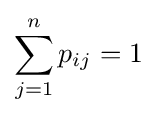
\sum _{j=1}^{n}p_{ij}=1